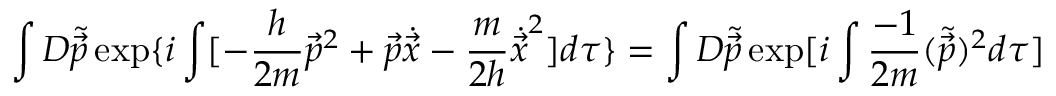
\int { \cal D } \tilde { \vec { p } } \exp \{ i \int [ - \frac { h } { 2 m } { \vec { p } } ^ { 2 } + \vec { p } \dot { \vec { x } } - \frac { m } { 2 h } { \dot { \vec { x } } } ^ { 2 } ] d \tau \} = \int { \cal D } \tilde { \vec { p } } \exp [ i \int \frac { - 1 } { 2 m } ( \tilde { \vec { p } } ) ^ { 2 } d \tau ]